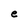
Character: e